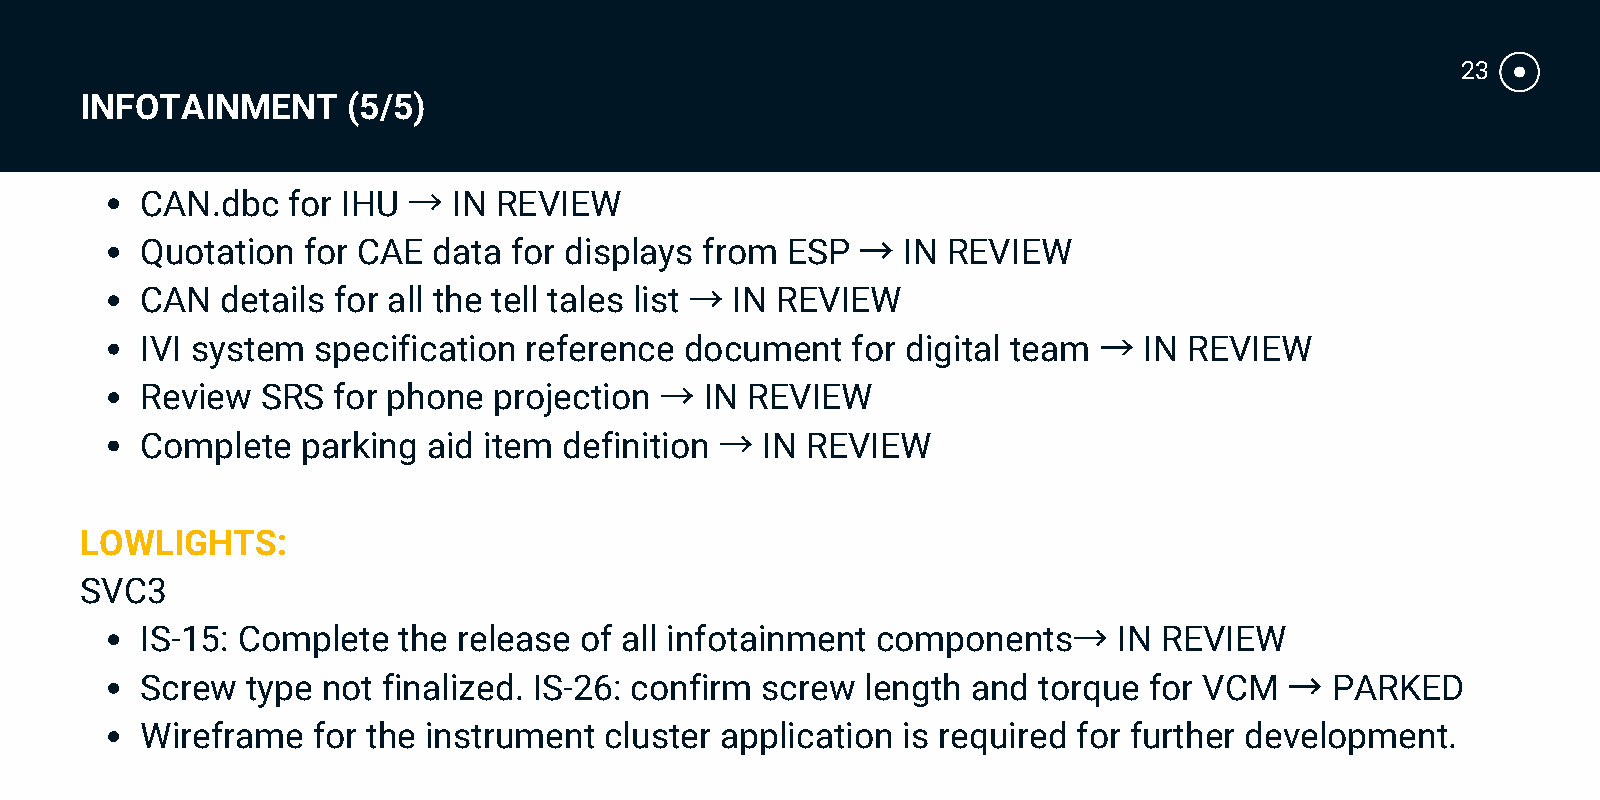
23
 INFOTAINMENT      (5/5)
 →
 CAN.dbc   for IHU    IN REVIEW
 →
 Quotation  for CAE  data for displays from ESP     IN REVIEW
 →
 CAN   details for all the tell tales list IN REVIEW
 →
 IVI system  specification reference document   for digital team    IN REVIEW
 →
 Review  SRS  for phone  projection    IN REVIEW
 →
 Complete   parking aid item definition   IN REVIEW
 LOWLIGHTS:
 SVC3
 →
 IS-15: Complete  the release of all infotainment components      IN REVIEW
 →
 Screw  type not finalized. IS-26: confirm screw length and  torque for VCM     PARKED
 Wireframe   for the instrument cluster application is required for further development.